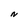
Character: N